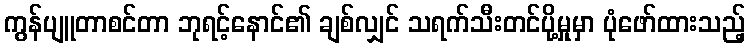
ကွန်ပျူတာစင်တာ ဘုရင့်နောင်၏ ချစ်လျှင် သရက်သီးတင်ပို့မှုမှာ ပုံဖော်ထားသည့်